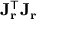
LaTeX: \mathbf { J } _ { \mathbf { r } } ^ { \mathsf { T } } \mathbf { J _ { r } }